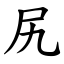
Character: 尻